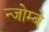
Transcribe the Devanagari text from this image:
न्जोम्बे